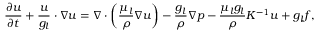
\frac { \partial \boldsymbol { u } } { \partial t } + \frac { \boldsymbol { u } } { g _ { l } } \cdot \nabla \boldsymbol { u } = \nabla \cdot \left( \frac { \mu _ { l } } { \rho } \nabla \boldsymbol { u } \right) - \frac { g _ { l } } { \rho } \nabla p - \frac { \mu _ { l } g _ { l } } { \rho } K ^ { - 1 } \boldsymbol { u } + g _ { l } \boldsymbol { f } ,